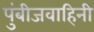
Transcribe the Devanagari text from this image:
पुंबीजवाहिनी